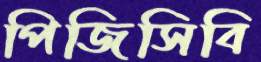
পিজিসিবি